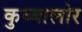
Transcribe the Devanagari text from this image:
कुब्बालोर